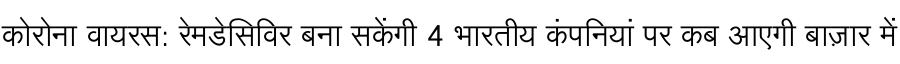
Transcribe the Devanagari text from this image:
कोरोना वायरस: रेमडेसिविर बना सकेंगी 4 भारतीय कंपनियां पर कब आएगी बाज़ार में